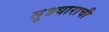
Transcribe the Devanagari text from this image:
सूत्रधाराची